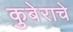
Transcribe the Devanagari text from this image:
कुबेराचे